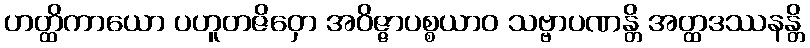
ဟတ္ထိကာယော ပဟူတဇိဝှော အဝိဇ္ဇာပစ္စယာဝ သဗ္ဗာပဏန္တိ အတ္ထဒဿနန္တိ